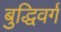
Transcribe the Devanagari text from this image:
बुद्धिवर्ग